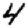
Digit: 4